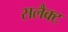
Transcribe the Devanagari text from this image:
सलैक्ट